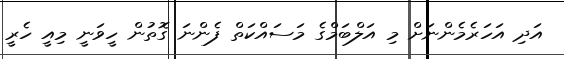
އަދި އަހަރެމެންނަށް މި އަލްބަމްގެ މަސައްކަތް ފެންނަ ގޮތުން ހީވަނީ މިއީ ހެރީ